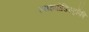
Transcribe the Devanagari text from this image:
लाइपोडिस्ट्रॉफी